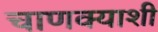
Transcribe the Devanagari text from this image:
चाणक्याशी